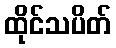
ထိုင်သပိတ်